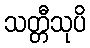
သတ္တီသုပိ